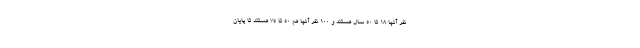
نفر آنها 18 تا 50 سال هستند و 100 نفر آنها هم 50 تا 75 هستند تا پایان